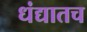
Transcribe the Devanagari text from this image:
धंद्यातच